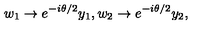
w _ { 1 } \to e ^ { - i \theta / 2 } y _ { 1 } , w _ { 2 } \to e ^ { - i \theta / 2 } y _ { 2 } ,